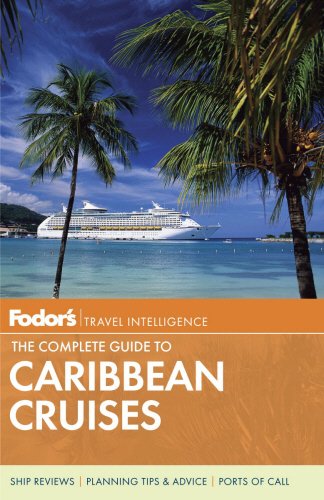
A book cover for Fodor's The Complete Guide to Caribbean Cruises (Travel Guide); Fodor's; Travel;